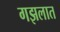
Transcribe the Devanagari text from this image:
गझलात